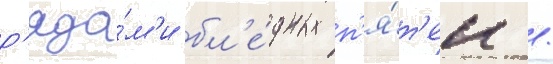
р'яда́м'и бл'е́дных п'я́т'ен /